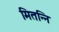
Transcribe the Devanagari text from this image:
मितन्नि